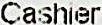
CASHIER